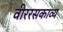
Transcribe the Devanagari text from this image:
वीररसकाव्य